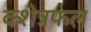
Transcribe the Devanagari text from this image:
क्शेत्रफल